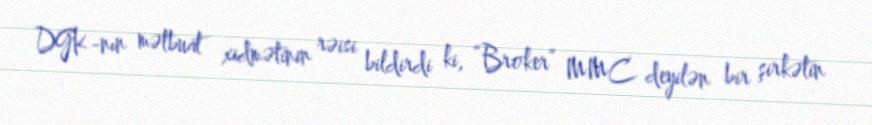
DGK-nın mətbuat xidmətinin rəisi bildirdi ki, “Broker” MMC deyilən bir şirkətin